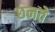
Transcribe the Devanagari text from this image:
छनते